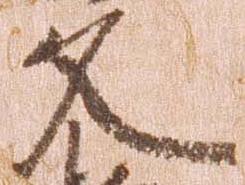
文